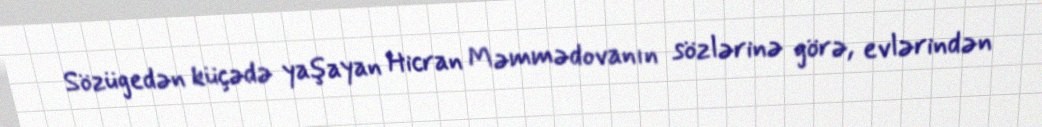
Sözügedən küçədə yaşayan Hicran Məmmədovanın sözlərinə görə, evlərindən